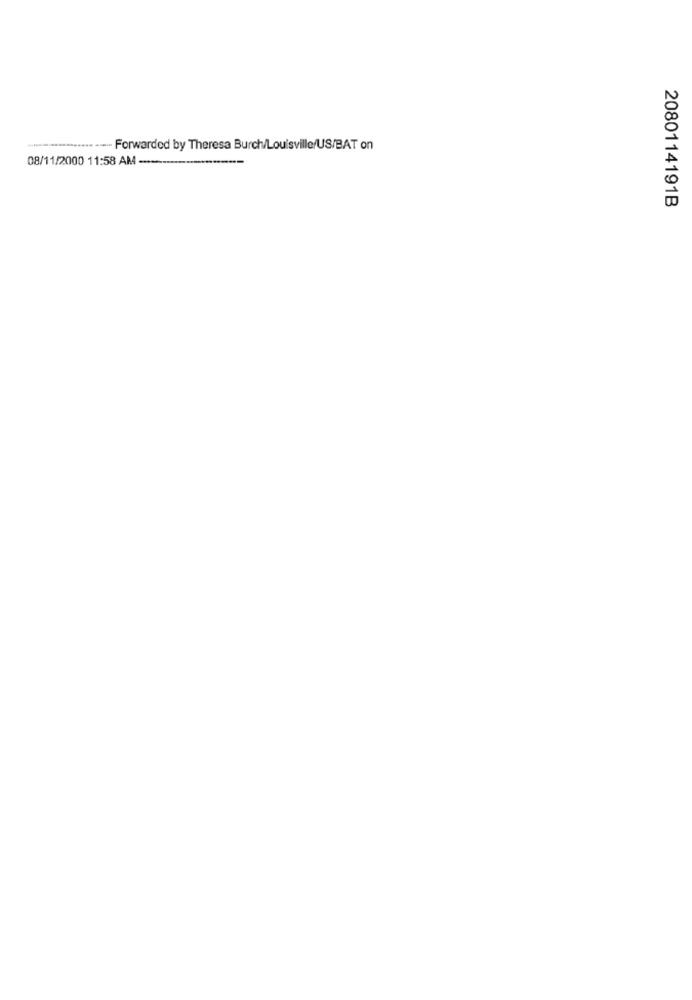
.... Forwarded by Theresa Burch/Louisville/US/BAT on
08/11/2000 11:58 AM ----------
2080114191B